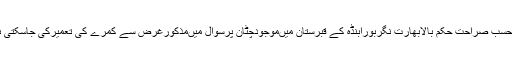
لہذاحسب صراحت حکم بالابھارت نگربورابنڈہ کے قبرستان میںموجودچٹان پرسوال میںمذکورغرض سے کمرے کی تعمیرکی جاسکتی ہے۔